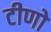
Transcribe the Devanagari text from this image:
टीणो